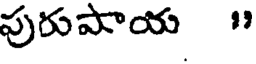
పురుపాయ "